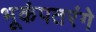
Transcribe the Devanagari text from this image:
भूकंपतरंगे